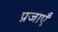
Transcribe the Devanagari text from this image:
प्रजाएँ